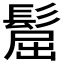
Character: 𩭪